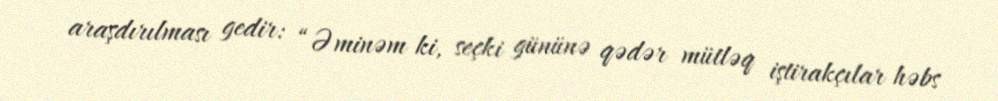
araşdırılması gedir: “Əminəm ki, seçki gününə qədər mütləq iştirakçılar həbs